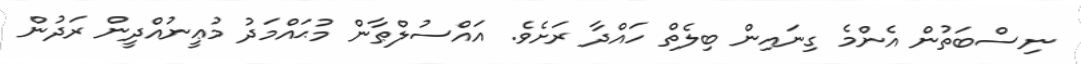
ނިސްބަތުން އެންމެ ގިނައިން ބިލެތް ހައްދާ ރަށެވެ. އައްސުލްޠާން މުޙައްމަދު މުޢީނުއްދީން ރަދުން